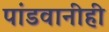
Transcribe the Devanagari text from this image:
पांडवानीही